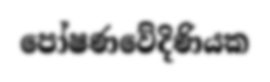
පෝෂණවේදිණියක